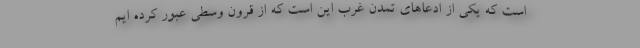
است که یکی از ادعاهای تمدن غرب این است که از قرون وسطی عبور کرده ایم